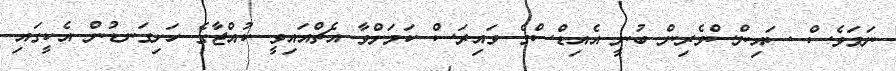
ނަމަވެސް ސައިންސްވެރިން ބުނީ އެއިޑްސްގެ ވައިރަސް ކަމަށްވާ އެޗްއައިވީ ކުއްޖާގެ ހަށިގަނޑުން އެކީގައި